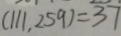
( 1 1 1 , 2 5 9 ) = 3 7